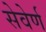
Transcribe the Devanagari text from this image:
सेवेर्ण